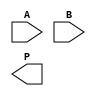
module wallace_tree_multiplier #(parameter N = 8, parameter M = 8) (
    input [N-1:0] A,
    input [M-1:0] B,
    output [N+M-1:0] P
);

    wire [N-1:0] pp[M-1:0]; // Partial products

    // Partial Product Generation
    genvar i, j;
    generate
        for (i = 0; i < M; i = i + 1) begin : pp_gen
            for (j = 0; j < N; j = j + 1) begin : and_gen
                assign pp[i][j] = A[j] & B[i];
            end
        end
    endgenerate

    // Wallace Tree Reduction
    wire [N+M-2:0] sum_stage[(N+M)/2 - 1:0];
    wire [N+M-2:0] carry_stage[(N+M)/2 - 1:0];
    
    // Initial stage of Wallace tree (First Reduction)
    wire [N+M-1:0] initial_sum;
    wire [N+M-1:0] initial_carry;
    
    genvar stage, bit;
    generate
        for (stage = 0; stage < M-1; stage = stage + 1) begin : stage_reduce
            for (bit = 0; bit < N + M - 1; bit = bit + 1) begin : bit_reduce
                if (bit == 0) begin
                    assign sum_stage[stage][bit] = pp[stage][bit];
                    assign carry_stage[stage][bit] = 1'b0;
                end else if (bit < N && stage == 0) begin
                    assign sum_stage[stage][bit] = pp[stage][bit];
                    assign carry_stage[stage][bit] = pp[stage + 1][bit];
                end else if (bit < (N + M - 1)) begin 
                    wire a = (bit < N) ? pp[stage][bit] : 1'b0;
                    wire b = (bit < N) ? pp[stage + 1][bit] : 1'b0;
                    wire c = (bit < N) ? pp[stage + 2][bit] : 1'b0;
                    // Full adder 
                    assign {carry_stage[stage][bit], sum_stage[stage][bit]} = a + b + c;
                end
            end
        end
    endgenerate
    
    // Final stage of the Wallace tree reduction
    wire [N+M:0] final_sum;
    wire final_carry;
    assign {final_carry, final_sum} = sum_stage[M-2] + carry_stage[M-2];

    // Final Addition
    assign P = final_sum + final_carry;

endmodule